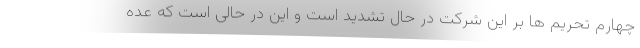
چهارم تحریم ها بر این شرکت در حال تشدید است و این در حالی است که عده